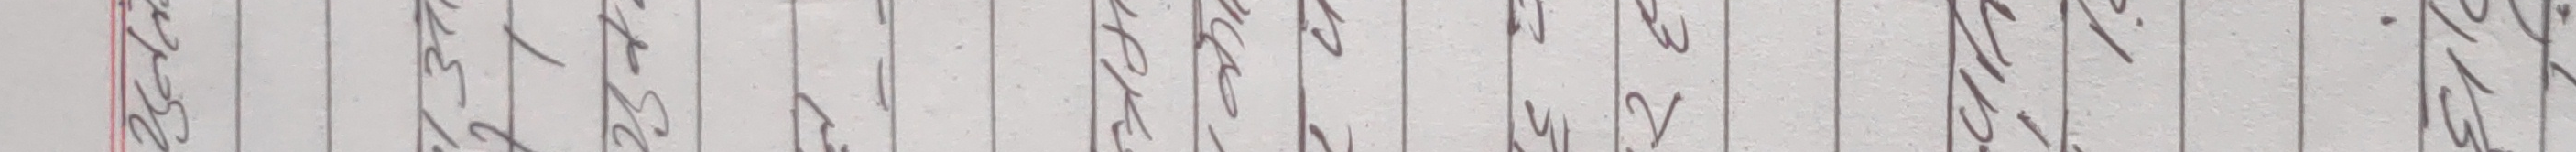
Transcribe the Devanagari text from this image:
भिडियो